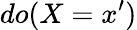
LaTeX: do(X=x^{\prime})